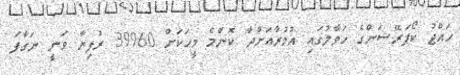
ހައްޖު ކޯޕަރޭޝަންގެ ހަވާލުގައި އުމުރާއަށްދާ ކޮންމެ މީހަކަށް 39960 ރުފިޔާ ވަނީ ނަގާފަ